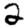
Digit: 2